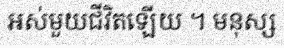
អស់មួយជីវិតឡើយ ។ មនុស្ស